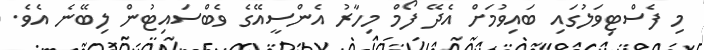
މި ފެސްޓިވަލުގައި ބައިވުމަށް އެދޭ ފޯމް މިހާރު އެންސީއޭގެ ވެބްސައިޓުން ލިބޭނެ އެވެ.